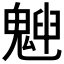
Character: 𩳱